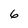
Character: 6